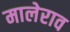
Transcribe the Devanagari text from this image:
मालेराव